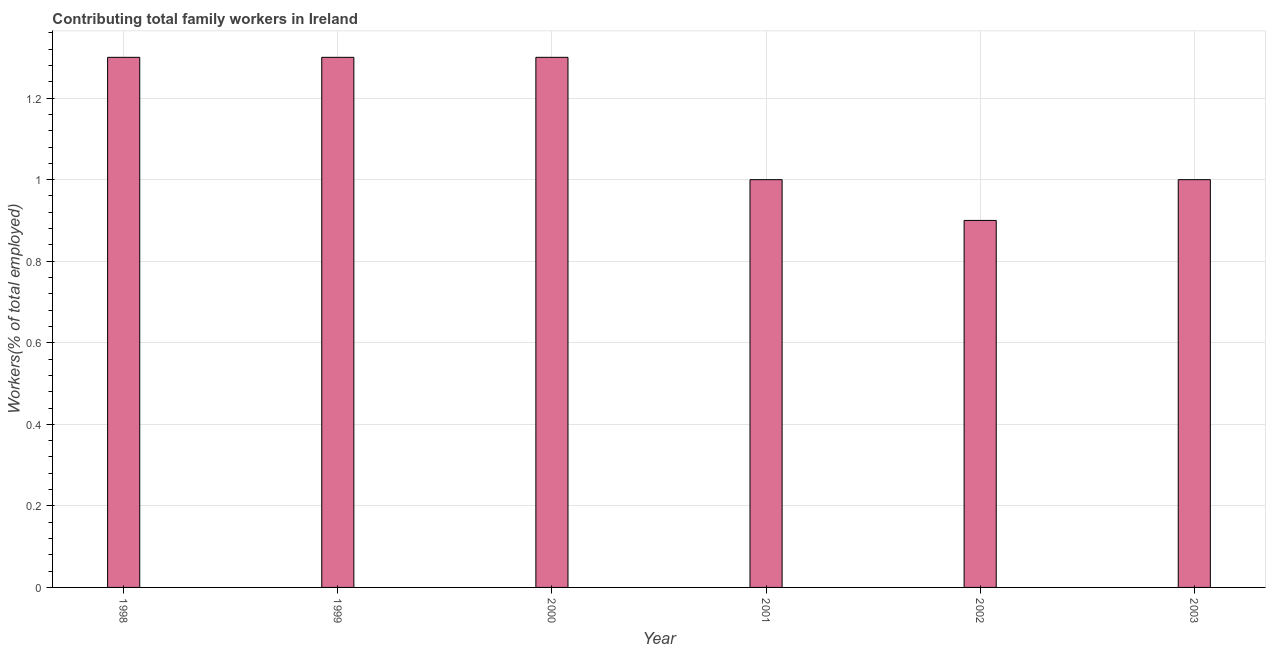
| Year | Contributing family workers |
 | --- | --- |
 | 1998 | 1.3 |
 | 1999 | 1.3 |
 | 2000 | 1.3 |
 | 2001 | 1 |
 | 2002 | 0.9 |
 | 2003 | 1 |